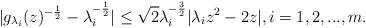
LaTeX: \begin{align*}|g_{\lambda_i}(z)^{-\frac{1}{2}}-\lambda_i^{-\frac{1}{2}}|\leq \sqrt{2}\lambda_i^{-\frac{3}{2}}|\lambda_iz^2-2z|,i=1,2,...,m.\end{align*}